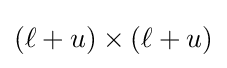
(\ell +u)\times (\ell +u)